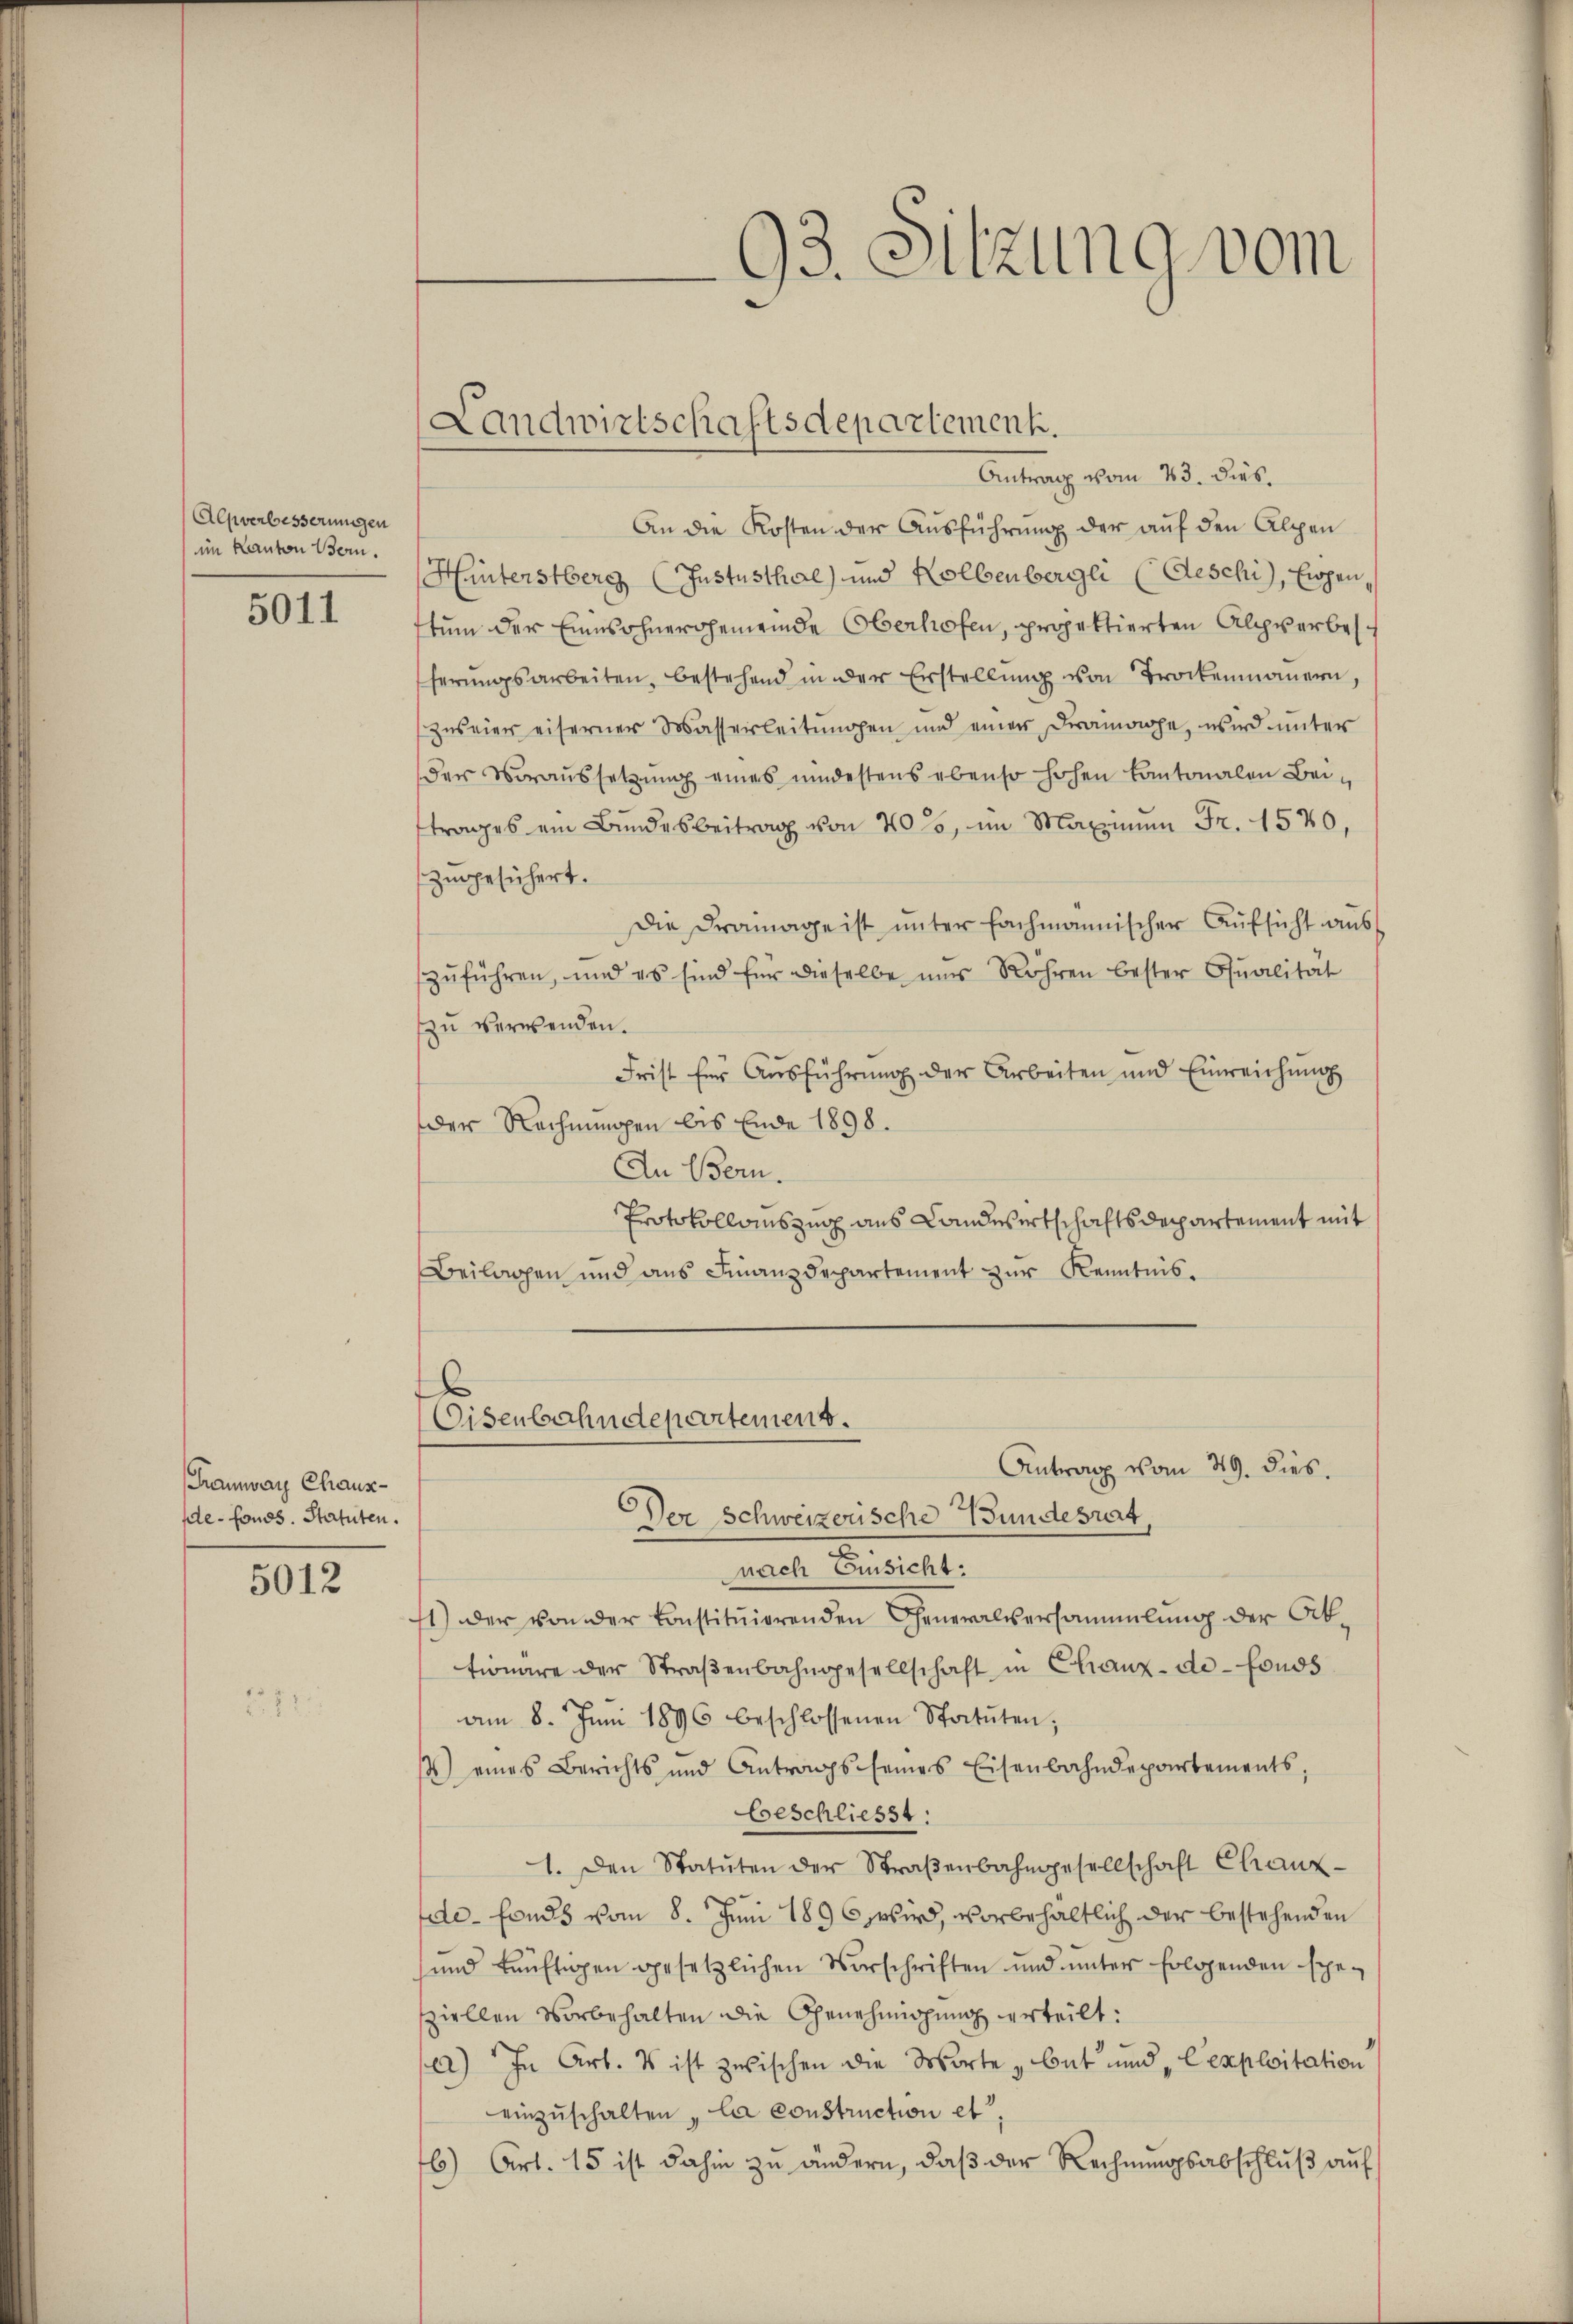
Alpverbesserungen
im Kanton Bern.

5011

Tramway Chause-fonds. Statuten.

5012

An die Kosten der Ausführung der auf den Alpen
Hinterstberg (Justusthal) und Kolbenbergli (Geschi, Eigen,
stum der Einwohnergemeinde Oberhofen, projektierten Alpverbesferungsarbeiten, bestehend in der Erstellung von Trockenmauern,
zŭseien eiserner Wasserleitungen und einer Dramappe, wird unter
der Voraussetzung eines mindestens ebenso hohen Kantonalen Beiftrages am Bundesbeitrag von 40, im Maximum Fr. 1570,
zugesichert.
Die Dramage ist unter fachmännischer Aufsicht aus
zŭführen, und es sind für dieselbe ums Röhren bester Qualität
zu verwenden.
Frist für Ausführung der Arbeiten und Einreichung
der Rechnungen bis Ende 1898.
An Bern.
Protokollauszug aus Landwirtschaftsdepartement mit
Beilagen und ans Finanzdepartement zŭr Kenntnis¬

93. Sitzung vom

Landwirtschaftsdepartement.
Antrag vom 23. Dies

x
Eisenbahndepartement.

Antrag vom 29. dies.
Der Schweizerische Wundesrat
x
nach Einsicht:
1) der von der konstitŭierenden Generalversammlung der Ab-
tionäre der Straβenbahngesellschaft in Chanz-de-Fonds
am 8. Jŭni 1896 beschlossenen Statuten,
4) eines Berichts und Antrags seines Eisenbahndepartements,
beschliesst:
1. Den Statuten der Straβenbahngesellschaft Chanz-
.
de-Fonds vom 8. Juni 1896, wird, vorbehältlich der bestehenden
und künftigen gesetzlichen Vorschriften und unter folgenden spe-
sziellen Vorbehalten die Genehmigung erteilt:
e2) In Art. Es ist zwischen die Worte „but und „Cexploitation
einzuschalten „la construction et
6) Art. 15 ist dahin zu ändern, daβ der Rechnungsabschluß auf